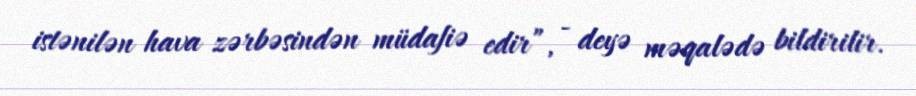
istənilən hava zərbəsindən müdafiə edir”, - deyə məqalədə bildirilir.